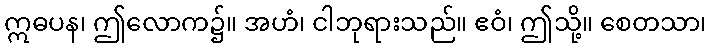
ဣဓပန၊ ဤလောက၌။ အဟံ၊ ငါဘုရားသည်။ ဧဝံ၊ ဤသို့။ စေတသာ၊